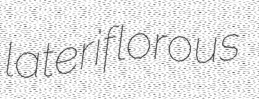
lateriflorous